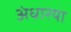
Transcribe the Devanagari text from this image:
अंधारया